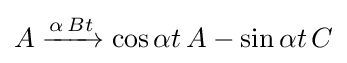
A\xrightarrow {\alpha \,Bt} \cos \alpha t\,A-\sin \alpha t\,C